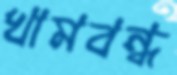
খামবন্ধ